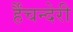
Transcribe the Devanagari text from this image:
र्हैंचन्देरी